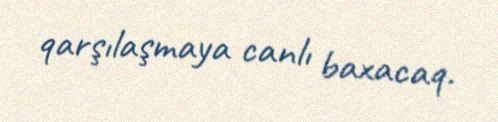
qarşılaşmaya canlı baxacaq.